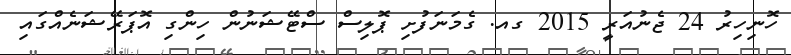
ހޮނިހިރު 24 ޖެނުއަރީ 2015 ގއ. ގެމަނަފުށި ޕޮލިސް ސްޓޭޝަނުން ހިންގި އޮޕަރޭޝަނެއްގައި